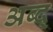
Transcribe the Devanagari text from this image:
अब्द्